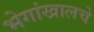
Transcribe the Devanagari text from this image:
भेगांखालचे